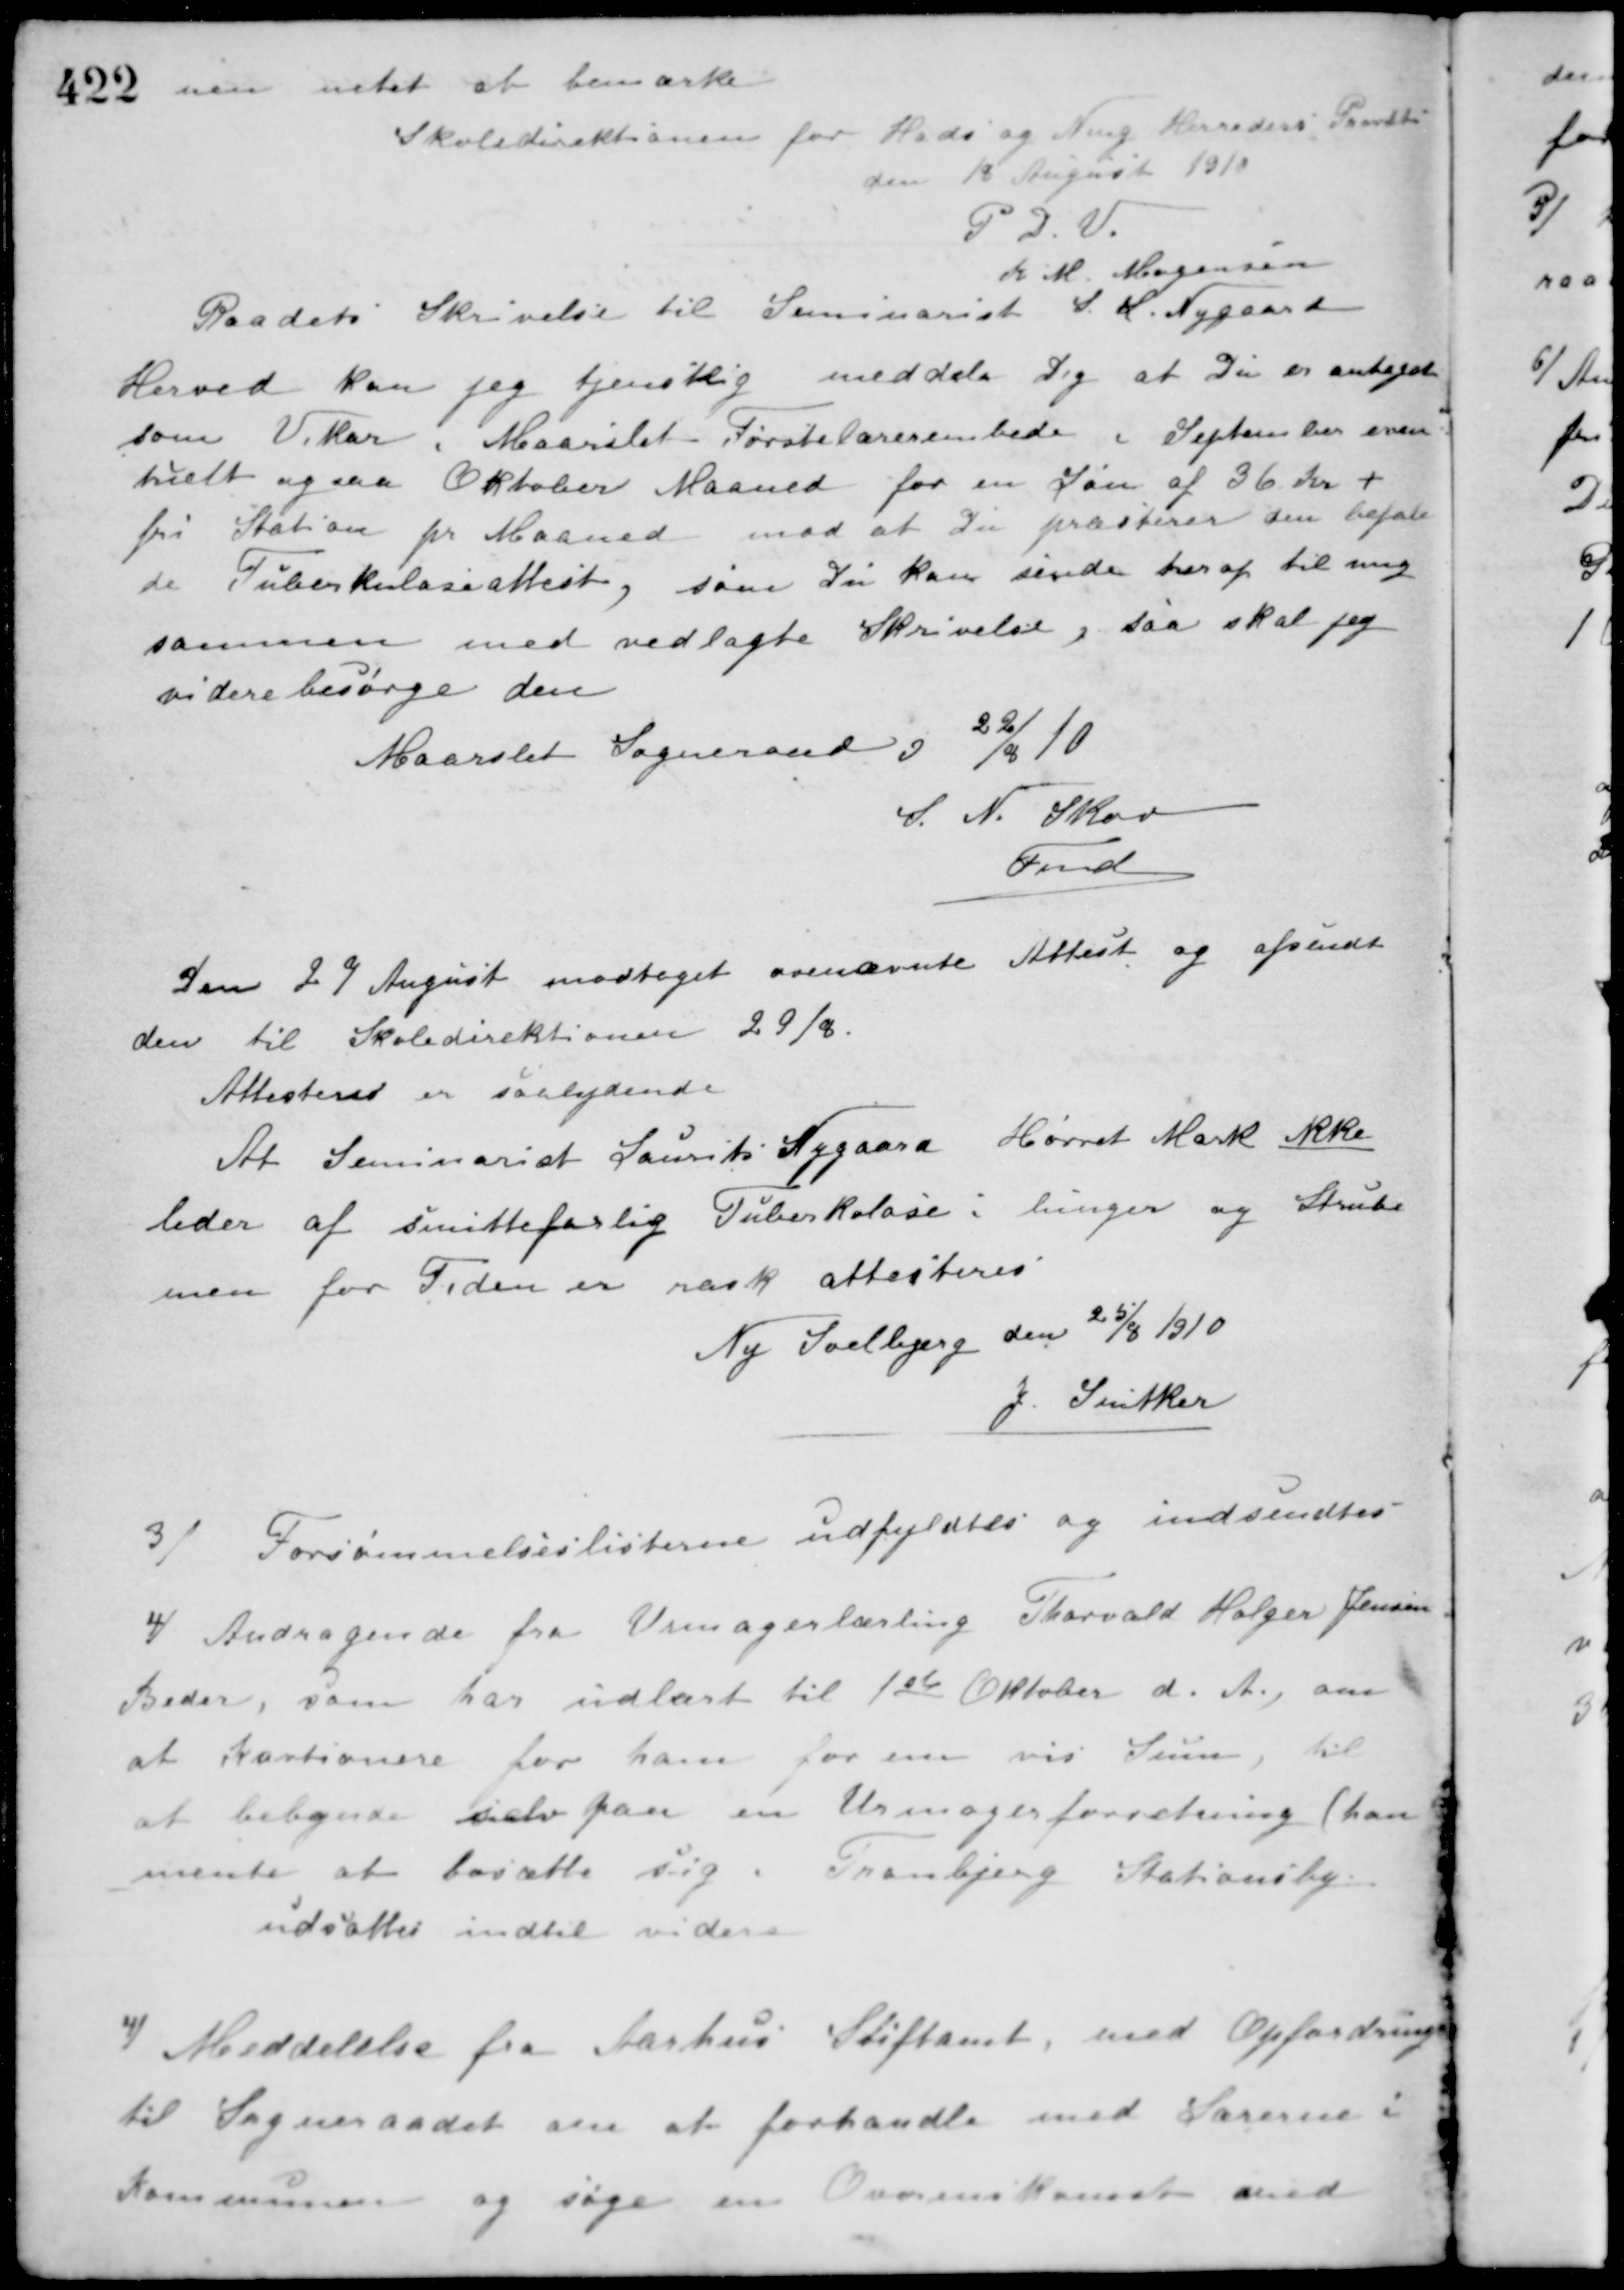
Transskription:
men intet at bemærke.
Skoledirektionen for Hads og Ning Herreders Provsti
den 18 August 1910
P. D. V.
K. M. Mogensen
Raadets Skrivelse til Seminarist S. L. Nygaard
Herved kan jeg tjenstlig meddele Dig at Du er antaget
som Vikar i Maarslet Førstelærerembede i September even-
tuelt ogsaa Oktober Maaned for en Løn af 36 Kr +
fri Station pr. Maaned mod at Du præsterer den befale-
de Tuberkuloseattest, som Du kan sende her op til mig
sammen med vedlagte Skrivelse, saa skal jeg
videre besørge den.
Maarslet Sogneraad d. 22/8 10
S. N. Skov
Fmd.
Den 27 August modtaget ovenævnte Attest og afsendt
den til Skoledirektionen 29/8.
Attesteret er saalydende
At Seminarist Laurits Nygaard Hørret Mark ikke
lider af smittefarlig Tuberkolose i lunger og Strube
men for Tiden er rask attesteres.
Ny Solbjerg den 25/8 1910
J. Smitker
3/ Forsømmelseslisterne udfyldtes og indsendtes.
4/ Andragende fra Urmagerlærling Thorvald Holger Jensen
Beder, som har udlært til 1ste Oktober d. A. om
at kautionere for ham for en vis Sum, til
at begynde selv paa en Urmagerforretning (han
mente at bosætte sig i Tranbjerg Stationsby
udsattes indtil videre.
4/ Meddelelse fra Aarhus Stiftamt med Opfordring
til Sogneraadet om at forhandle med Lærerne i
Kommunen og søge en Overenskomst med